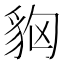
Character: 𧲳